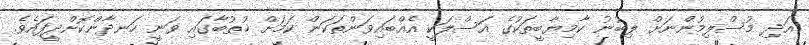
އަދި މުސްލިމުންނަށް ލިބުނު ކާމިޔާބީތަކުގެ އަސްލަކީ އެއްބައިވަންތަކަން ކަމަށް ޚުތުބާގައި ވަނީ ހަނދާންކޮށްދީފައެވެ.